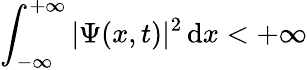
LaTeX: \int_{-\infty}^{+\infty}|\Psi(x,t)|^{2}\, \mathrm{d}x<+\infty